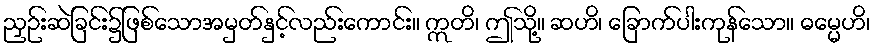
ညှဉ်းဆဲခြင်း၌ဖြစ်သောအမှတ်နှင့်လည်းကောင်း။ ဣတိ၊ ဤသို့။ ဆဟိ၊ ခြောက်ပါးကုန်သော။ ဓမ္မေဟိ၊